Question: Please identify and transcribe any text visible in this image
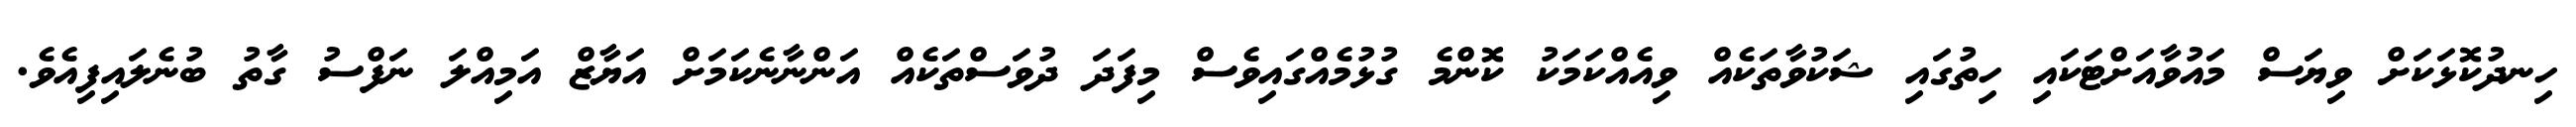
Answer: ހިނދުކޮޅަކަށް ވިޔަސް މައުވާއަށްޓަކައި ހިތުގައި ޝަކުވާތަކެއް ވިއެއްކަމަކު ކޮންމެ ގުޅުމެއްގައިވެސް މިފަދަ ދުވަސްތަކެއް އަންނާނެކަމަށް އަޔާޒް އަމިއްލަ ނަފްސު ގާތު ބުނެލައިފިއެވެ.